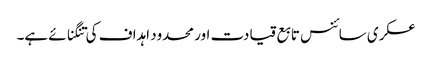
عسکری سائنس تابع قیادت اور محدود اہداف کی تنگنائے ہے۔